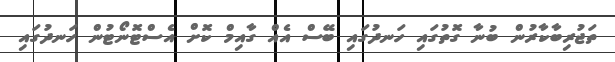
ތަޖުރިބާކާރުން ބުނާ ގޮތުގައި ހަނދުގައި ބޭސް އެއް ގާއިމް ކޮށް އެސްޓޮނޯޓުން ހަނދުގައި